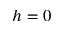
h = 0